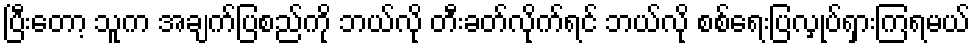
ပြီးတော့ သူက အချက်ပြစည်ကို ဘယ်လို တီးခတ်လိုက်ရင် ဘယ်လို စစ်ရေးပြလှုပ်ရှားကြရမယ်